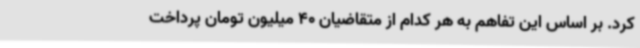
کرد. بر اساس این تفاهم به هر کدام از متقاضیان 40 میلیون تومان پرداخت